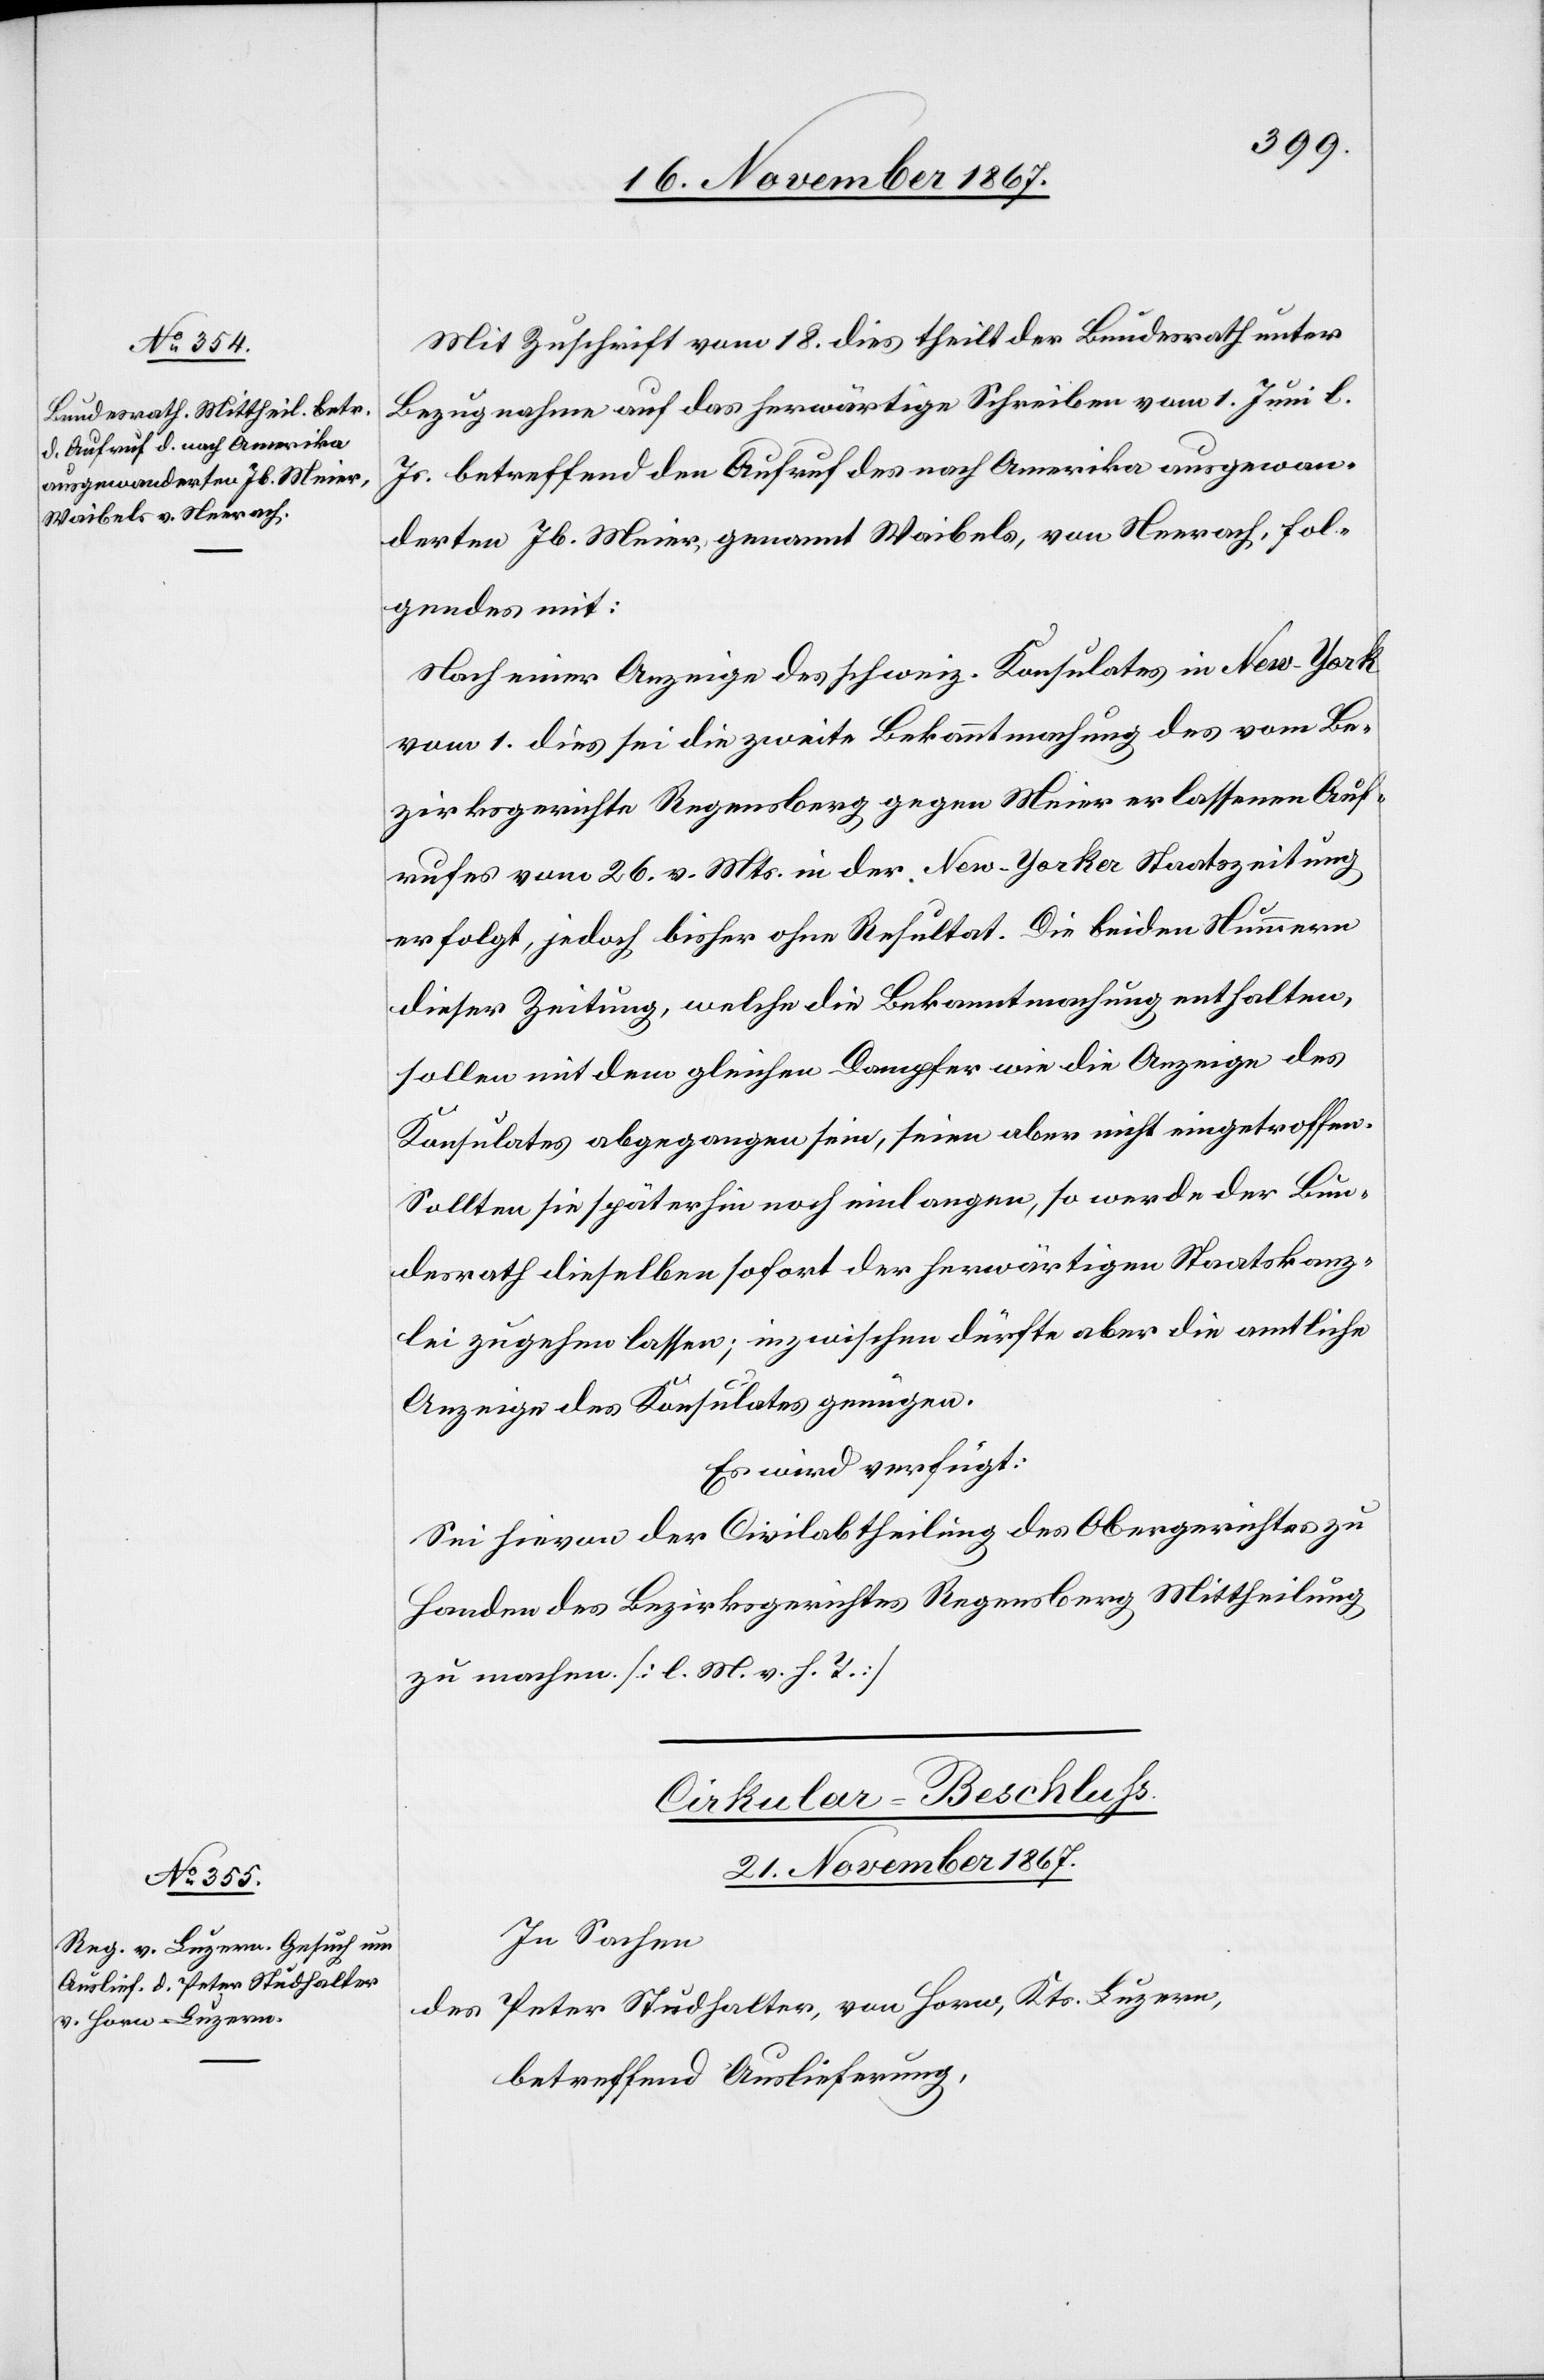
21. November 1867.]
Mit Zuschrift vom 18. dies theilt der Bundesrath unter
Bezugnahme auf das herwärtige Schreiben vom 1. Juni l.
Js. betreffend den Aufruf des nach Amerika ausgewan¬
derten Jb. Meier, genannt Waibels, von Neerach, fol¬
gendes mit:
Nach einer Anzeige des schweiz. Konsulates in New-York
vom 1. dies sei die zweite Bekanntmachung des von Be¬
zirksgerichte Regensberg gegen Meier erlassenen Auf¬
rufes vom 26. v. Mts. in der New-Yorker Staatszeitung
erfolgt, jedoch bisher ohne Resultat. Die beiden Nummern
dieser Zeitung, welche die Bekanntmachung enthalten,
sollen mit dem gleichen Dampfer wie die Anzeige des
Konsulates abgegangen sein, seien aber nicht eingetroffen.
Sollten sie später noch einlangen, so werde der Bun¬
desrath dieselben sofort der herwärtigen Staatskanz¬
lei zugehen lassen; inzwischen dürfte aber die amtliche
Anzeige des Konsulates genügen.
Es wird verfügt:
Sei hievon der Civilabtheilung des Obergerichtes zu
Handen des Bezirksgerichtes Regensberg Mittheilung
zu machen. [l. M. v. h. T.]
Cirkular-Beschluß.
21. November 1867.
In Sachen
des Peter Studhalter, von Horw, Kts. Luzern,
betreffend Auslieferung,